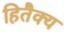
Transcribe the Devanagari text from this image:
हितैक्य